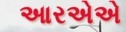
આરએએ